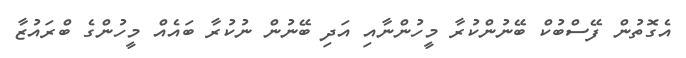
އެގޮތުން ފޭސްބުކް ބޭނުންކުރާ މީހުންނާއި އަދި ބޭނުން ނުކުރާ ބައެއް މީހުންގެ ބްރައުޒާ